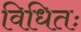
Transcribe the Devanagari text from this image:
विधितः